Report of an investigation into the causes of malaria in Bombay and the measures necessary for its control
Disease focus: Malaria
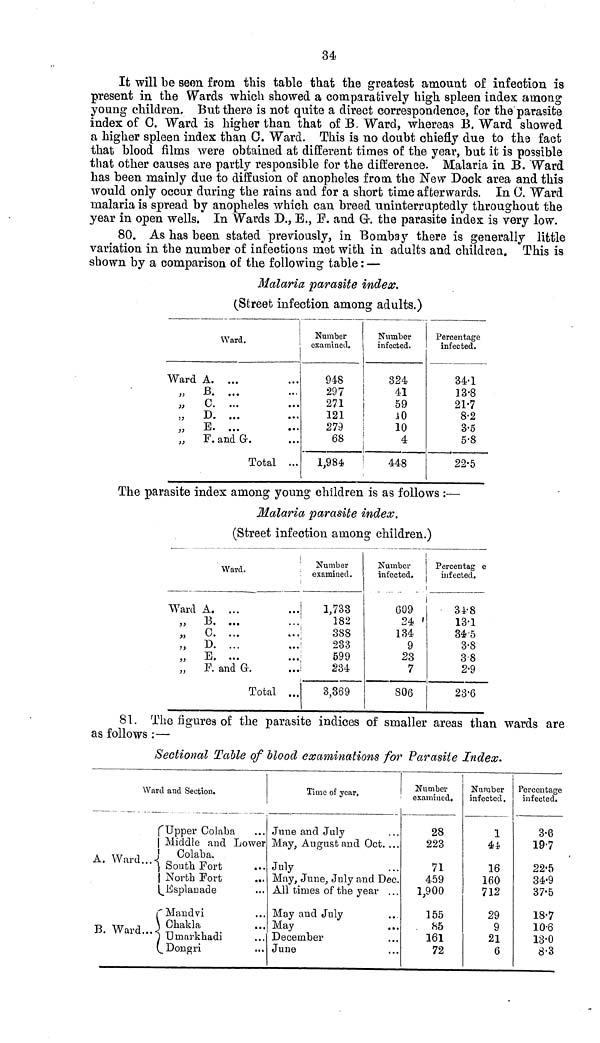
34
It will be seen from this table that the greatest amount of infection is
present in the Wards which showed a comparatively high spleen index among
young children. But there is not quite a direct correspondence, for the parasite
index of 0. Ward is higher than that of B. Ward, whereas B. Ward showed
a higher spleen index than 0. Ward. This is no doubt chiefly due to the fact
that blood films were obtained at different times of the year, but it is possible
that other causes are partly responsible for the difference. Malaria in B. Ward
has been mainly due to diffusion of anopheles from the New Dock area and this
would only occur during the rains and for a short time afterwards. In C. Ward
malaria is spread by anopheles which can breed uninterruptedly throughout the
year in open wells. In Wards D., E., F. and G. the parasite index is very low.
80. As has been stated previously, in Bombay there is generally little
variation in the number of infections met with in adults and children. This is
shown by a comparison of the following table : —
Malaria parasite index.
(Street infection among adults.)
Ward.
Ward A. ...
„ B. ...
„ C. ...
„ D. ...
„ E. ...
•••
„ F. and G.
Total ...
Number
examined.
948
297
271
121
279
68
1,984
Number
infected.
324
41
59
10
10
4
448
Percentage
infected.
34.1
13.8
21.7
8.2
3.5
5.8
22.5
The parasite index among young children is as follows :—
Malaria parasite index.
(Street infection among children.)
Ward.
Ward A. ...
„ B. ...
„ C. ...
„ D. ...
„ E. ...
„ F. and G.
Total ...
Number
examined.
1,733
182
388
233
599
234
3,369
Number
infected.
609
24
134
9
23
7
806
Percentage
infected.
34.8
13.1
34 5
3.8
3.8
2.9
23.6
81. The figures of the parasite indices of smaller areas than wards are
as follows : —
Sectional Table of blood examinations for Parasite Index.
Ward and Section.
Upper Colaba
Middle and Lower
A
Ward
Colaba.
South Fort
| North Port
Esplanade
Mandvi
B Ward
Chakla
Umarkhadi
Dongri
Time of year,
June and July
May, August and Oct. ...
July
May, June, July and Dec.
All times of the year ...
May and July
May
December
June
Number
examined.
28
223
71
459
1,900
155
85
161
72
Number
infected.
1
44
16
160
712
29
9
21
6
Percentage
infected.
3.6
19.7
22.5
34.9
37.5
18.7
10.6
13.0
8.3